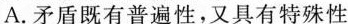
A.矛盾既有普遍性，又具有特殊性